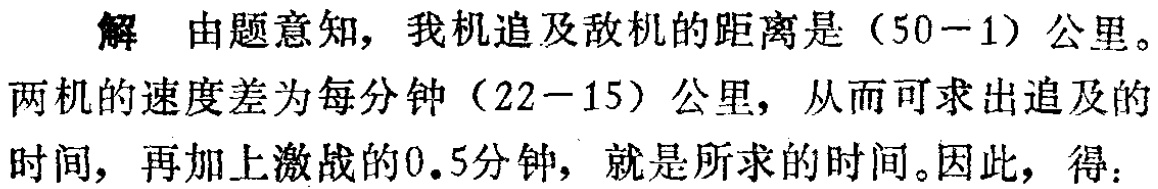
解 由题意知，我机追及敌机的距离是（50 - 1）公里。

两机的速度差为每分钟（22 - 15）公里，从而可求出追及的

时间，再加上激战的0.5分钟，就是所求的时间。因此，得：